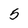
Character: 5